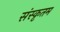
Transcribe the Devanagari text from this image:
संस्कृतम